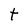
Character: t